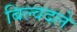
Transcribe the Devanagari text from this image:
बिल्वदले